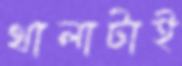
থালাটাই